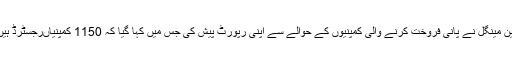
سماعت کے دوران ڈائریکٹر جنرل فوڈ اتھارٹی نور الامین مینگل نے پانی فروخت کرنے والی کمپنیوں کے حوالے سے اپنی رپورٹ پیش کی جس میں کہا گیا کہ 1150 کمپنیاںرجسٹرڈ ہیں، 1053 کام کر رہی ہیں،97 کمپنیاں بند ہو چکی ہیں ۔